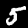
Label: 5